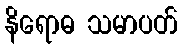
နိရောဓ သမာပတ်